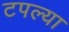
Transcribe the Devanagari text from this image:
टपल्या